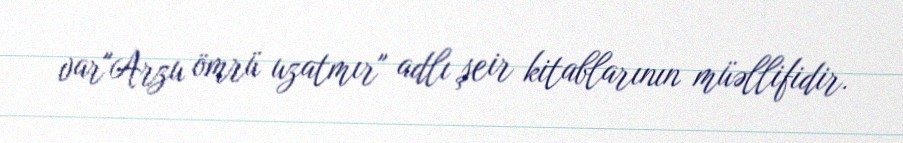
var"Arzu ömrü uzatmır" adlı şeir kitablarının müəllifidir.